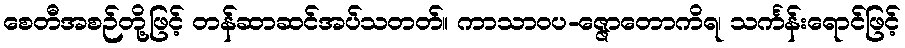
စေတီအစဉ်တို့ဖြင့် တန်ဆာဆင်အပ်သတတ်။ ကာသာဝပ-ဇ္ဇောတောကိရ၊ သင်္ကန်းရောင်ဖြင့်